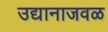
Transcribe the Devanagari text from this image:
उद्यानाजवळ